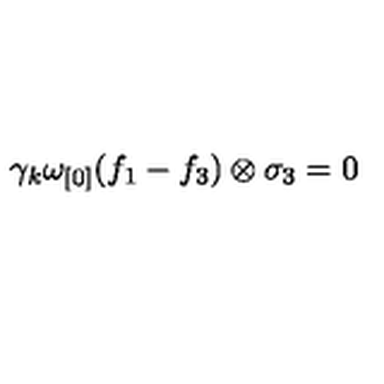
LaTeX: \gamma _ { k } \omega _ { [ 0 ] } ( f _ { 1 } - f _ { 3 } ) \otimes \sigma _ { 3 } = 0